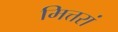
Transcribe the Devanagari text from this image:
मित्तरां